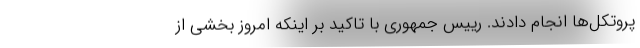
پروتکل‌ها انجام دادند. رییس جمهوری با تاکید بر اینکه امروز بخشی از